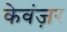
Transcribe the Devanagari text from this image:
केवंज़र